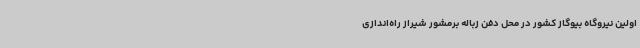
اولین نیروگاه بیوگاز کشور در محل دفن زباله برمشور شیراز راه‌اندازی